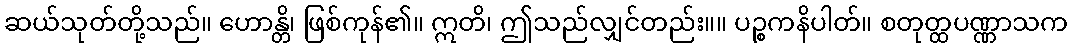
ဆယ်သုတ်တို့သည်။ ဟောန္တိ၊ ဖြစ်ကုန်၏။ ဣတိ၊ ဤသည်လျှင်တည်း။။ ပဉ္စကနိပါတ်။ စတုတ္ထပဏ္ဏာသက